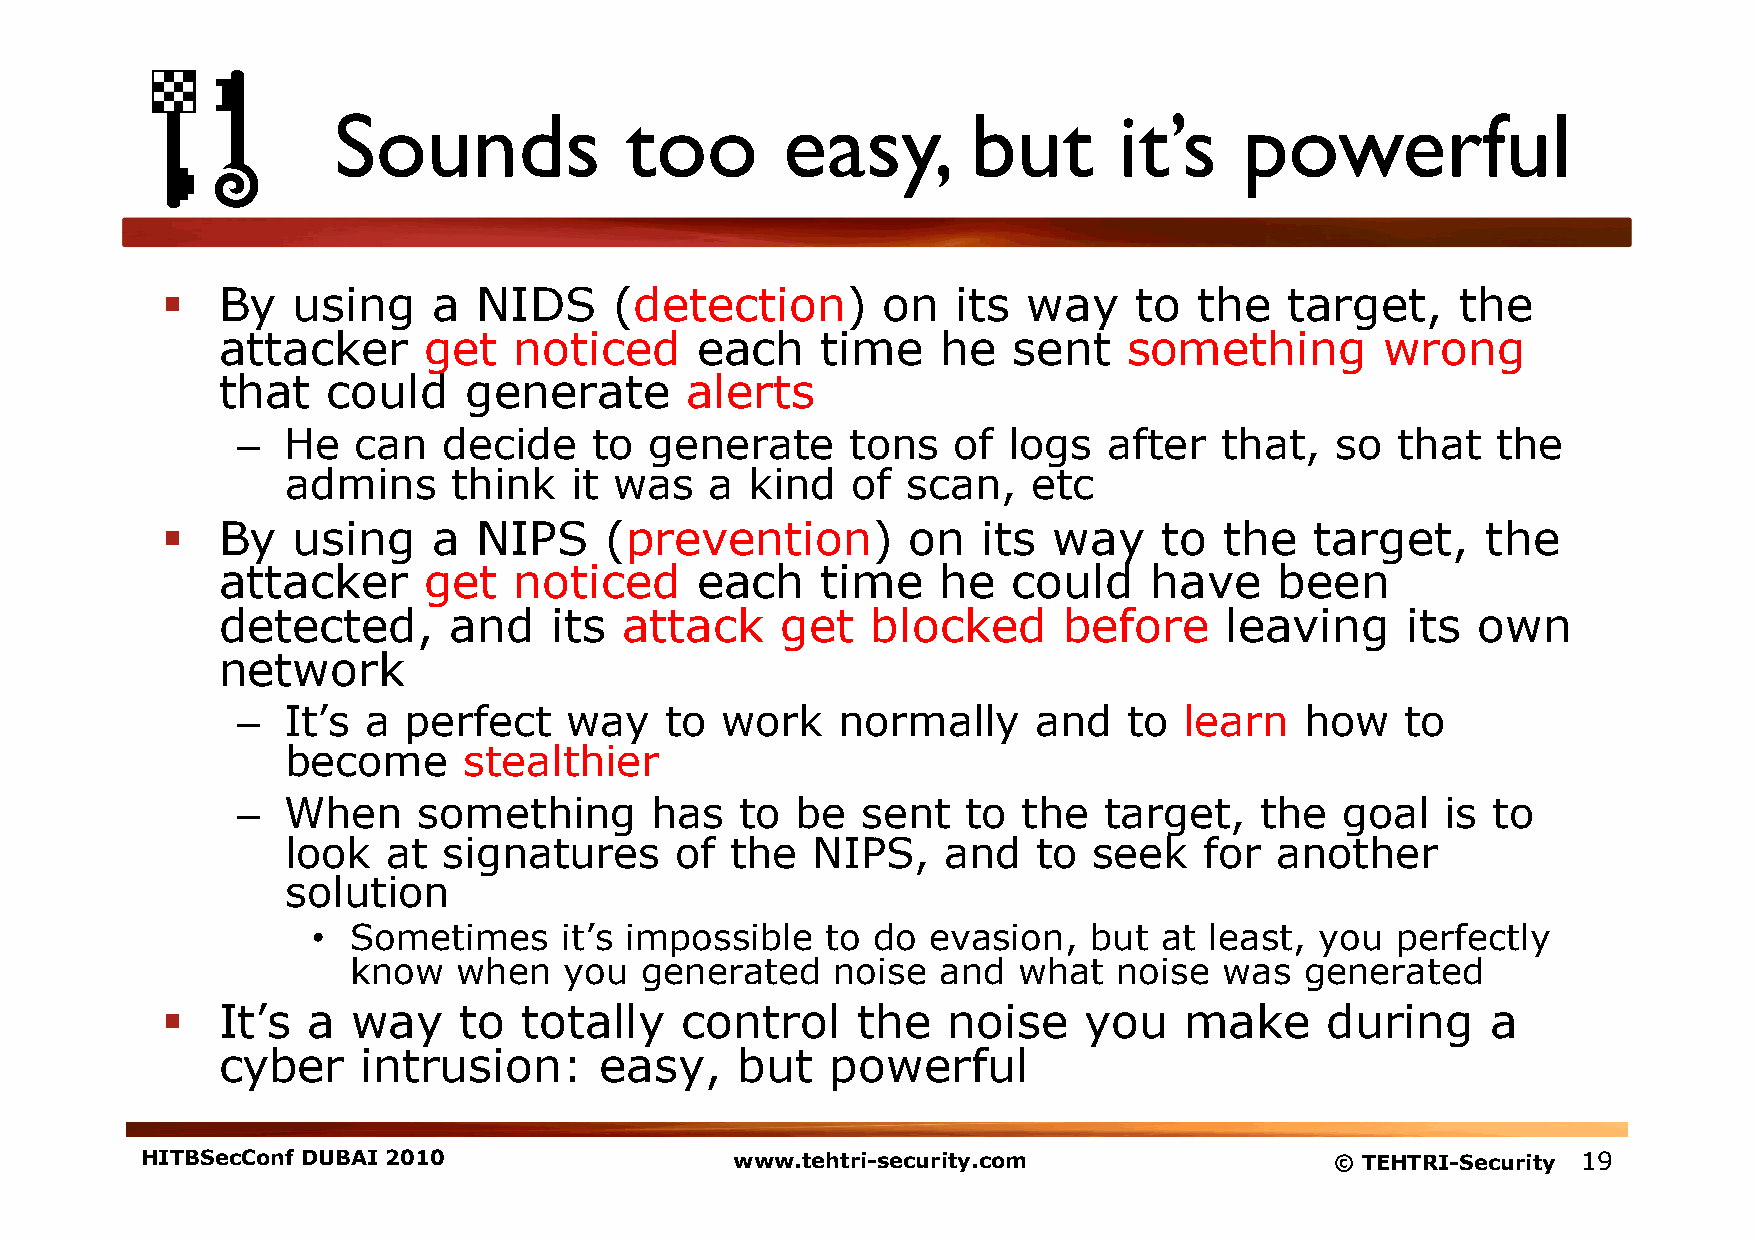
Sounds             too        easy,       but       it’s    powerful
   By   using     a  NIDS     (detection)      on   its  way    to  the   target,     the
 attacker      get   noticed     each    time    he   sent    something        wrong
 that    could    generate      alerts
 –  He  can   decide    to  generate     tons   of  logs  after   that,  so  that   the
 admins     think   it was   a  kind  of  scan,   etc
   By   using     a  NIPS    (prevention)        on   its  way    to  the   target,    the
 attacker      get   noticed     each    time    he   could    have     been
 detected,       and    its attack     get   blocked     before     leaving     its  own
 network
 –  It’s a  perfect   way    to  work   normally     and    to learn   how    to
 become      stealthier
 –  When     something      has   to  be  sent   to  the  target,   the   goal   is to
 look   at signatures      of the   NIPS,   and    to seek    for another
 solution
 • Sometimes     it’s impossible   to do evasion,   but  at least, you  perfectly
 know   when   you  generated    noise  and  what   noise  was  generated
   It’s  a  way    to   totally   control     the   noise    you   make      during     a
 cyber     intrusion:      easy,    but   powerful
 HITBSecConf DUBAI 2010                  www.tehtri-security.com                © TEHTRI-Security 19